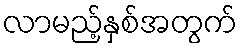
လာမည့်နှစ်အတွက်